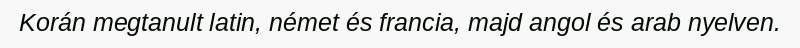
Korán megtanult latin, német és francia, majd angol és arab nyelven.